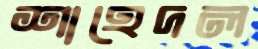
শাহেদল